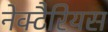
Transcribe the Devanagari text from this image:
नेक्टैरियस